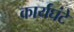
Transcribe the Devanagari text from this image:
कार्यघंटे